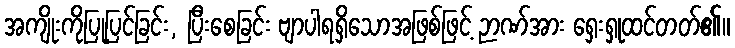
အကျိုးကိုပြုပြင်ခြင်း, ပြီးစေခြင်း ဗျာပါရရှိသောအဖြစ်ဖြင့် ဉာဏ်အား ရှေးရှုထင်တတ်၏။